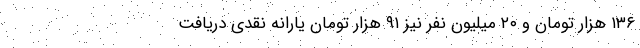
۱۳۶ هزار تومان و ۲۰ میلیون نفر نیز ۹۱ هزار تومان یارانه نقدی دریافت